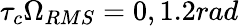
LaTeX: \tau_{c}\Omega_{RMS}=0,1.2rad